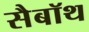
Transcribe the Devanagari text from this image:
सैबॉथ